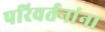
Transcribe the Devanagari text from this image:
परिवर्तनांना